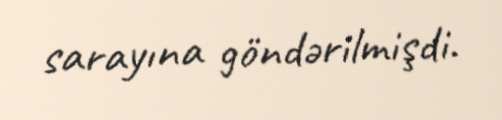
sarayına göndərilmişdi.